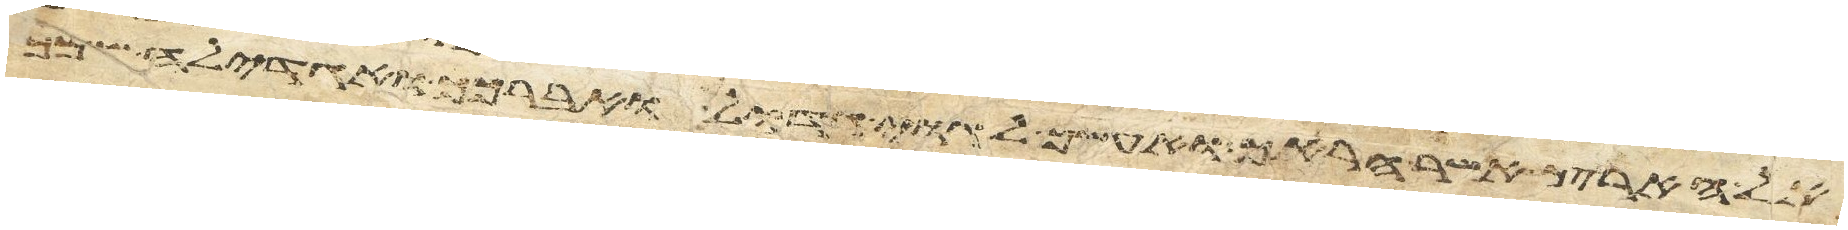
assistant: אל הארץ אשר אראך ואעשך לגוי גדול ואברכך ואגדלה שמך